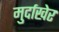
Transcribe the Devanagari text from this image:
मुर्दाखेर